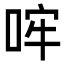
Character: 哰